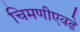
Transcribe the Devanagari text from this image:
चिमणीएवढे